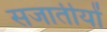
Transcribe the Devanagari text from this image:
सजातीयों